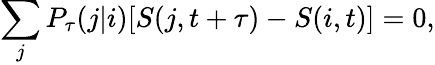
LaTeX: \sum_{j}P_{\tau}(j|i)[S(j,t+\tau)-S(i,t)]=0,